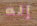
إله